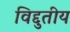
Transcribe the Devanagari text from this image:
विद्दुतीय